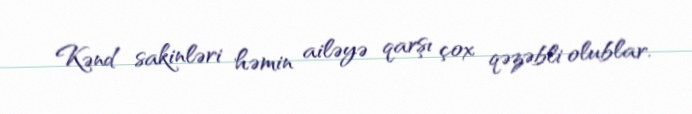
Kənd sakinləri həmin ailəyə qarşı çox qəzəbli olublar.